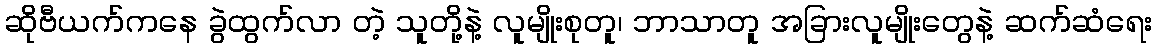
ဆိုဗီယက်ကနေ ခွဲထွက်လာ တဲ့ သူတို့နဲ့ လူမျိုးစုတူ၊ ဘာသာတူ အခြားလူမျိုးတွေနဲ့ ဆက်ဆံရေး